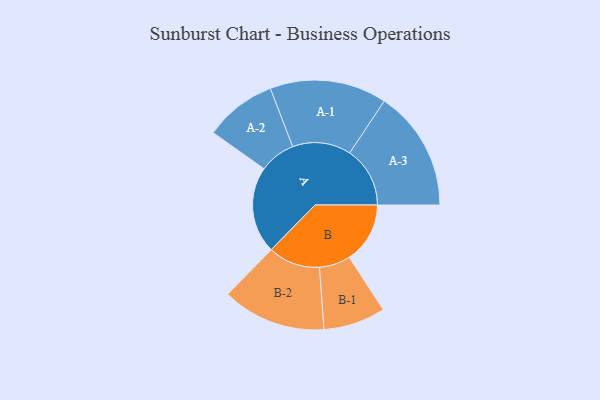
{"axis": {"x": "Segment", "y": "Value"}, "legend": ["", "A", "B"], "data": [{"x": "A", "y": 332, "type": ""}, {"x": "B", "y": 233, "type": ""}, {"x": "A-1", "y": 224, "type": "A"}, {"x": "A-2", "y": 138, "type": "A"}, {"x": "A-3", "y": 231, "type": "A"}, {"x": "B-1", "y": 119, "type": "B"}, {"x": "B-2", "y": 199, "type": "B"}]}